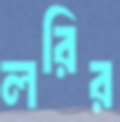
লরির